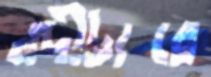
নদীটারে